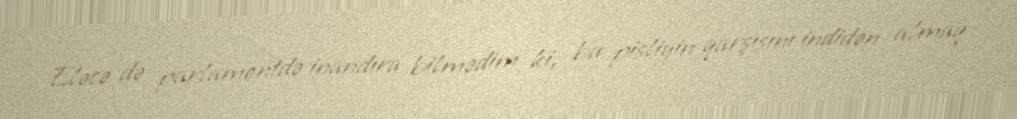
Eləcə də parlamentdə inandıra bilmədim ki, bu pisliyin qarşısını indidən almaq